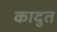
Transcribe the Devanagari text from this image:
कादुत